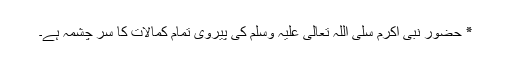
٭ حضور نبی اکرم سلی اللہ تعالیٰ علیہ وسلم کی پیروی تمام کمالات کا سر چشمہ ہے۔